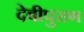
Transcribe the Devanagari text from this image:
देवीपुराण